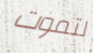
لتموت